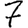
Digit: 7